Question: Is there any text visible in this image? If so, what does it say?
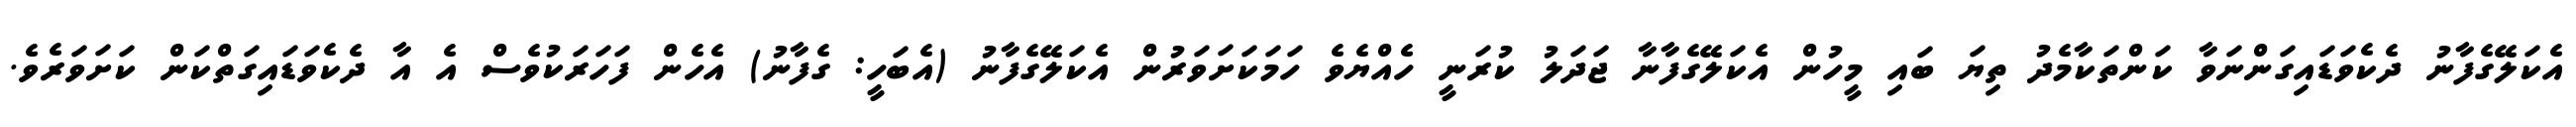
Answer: އެކަލޭގެފާނު ދެކެވަޑައިގަންނަވާ ކަންތަކާމެދު ތިޔަ ބައި މީހުން އެކަލޭގެފާނާ ޖަދަލު ކުރަނީ ހެއްޔެވެ ހަމަކަށަވަރުން އެކަލޭގެފާނު (އެބަހީ: ގެފާނު) އެހެން ފަހަރަކުވެސް އެ އާ ދެކެވަޑައިގަތްކަން ކަށަވަރެވެ.